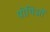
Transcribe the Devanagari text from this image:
पोथिओं